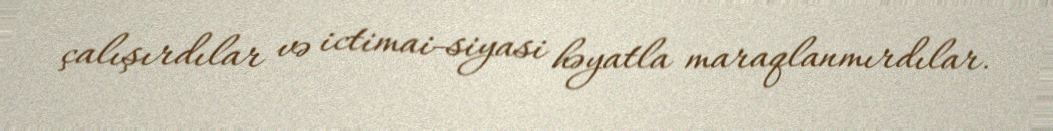
çalışırdılar və ictimai-siyasi həyatla maraqlanmırdılar.